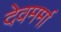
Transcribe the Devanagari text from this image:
देवमर्मा